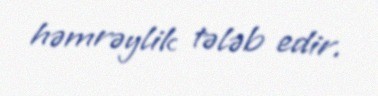
həmrəylik tələb edir.